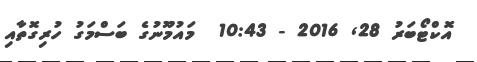
އޮކްޓޯބަރު 28